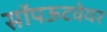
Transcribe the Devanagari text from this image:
सॉपऊटवेयर